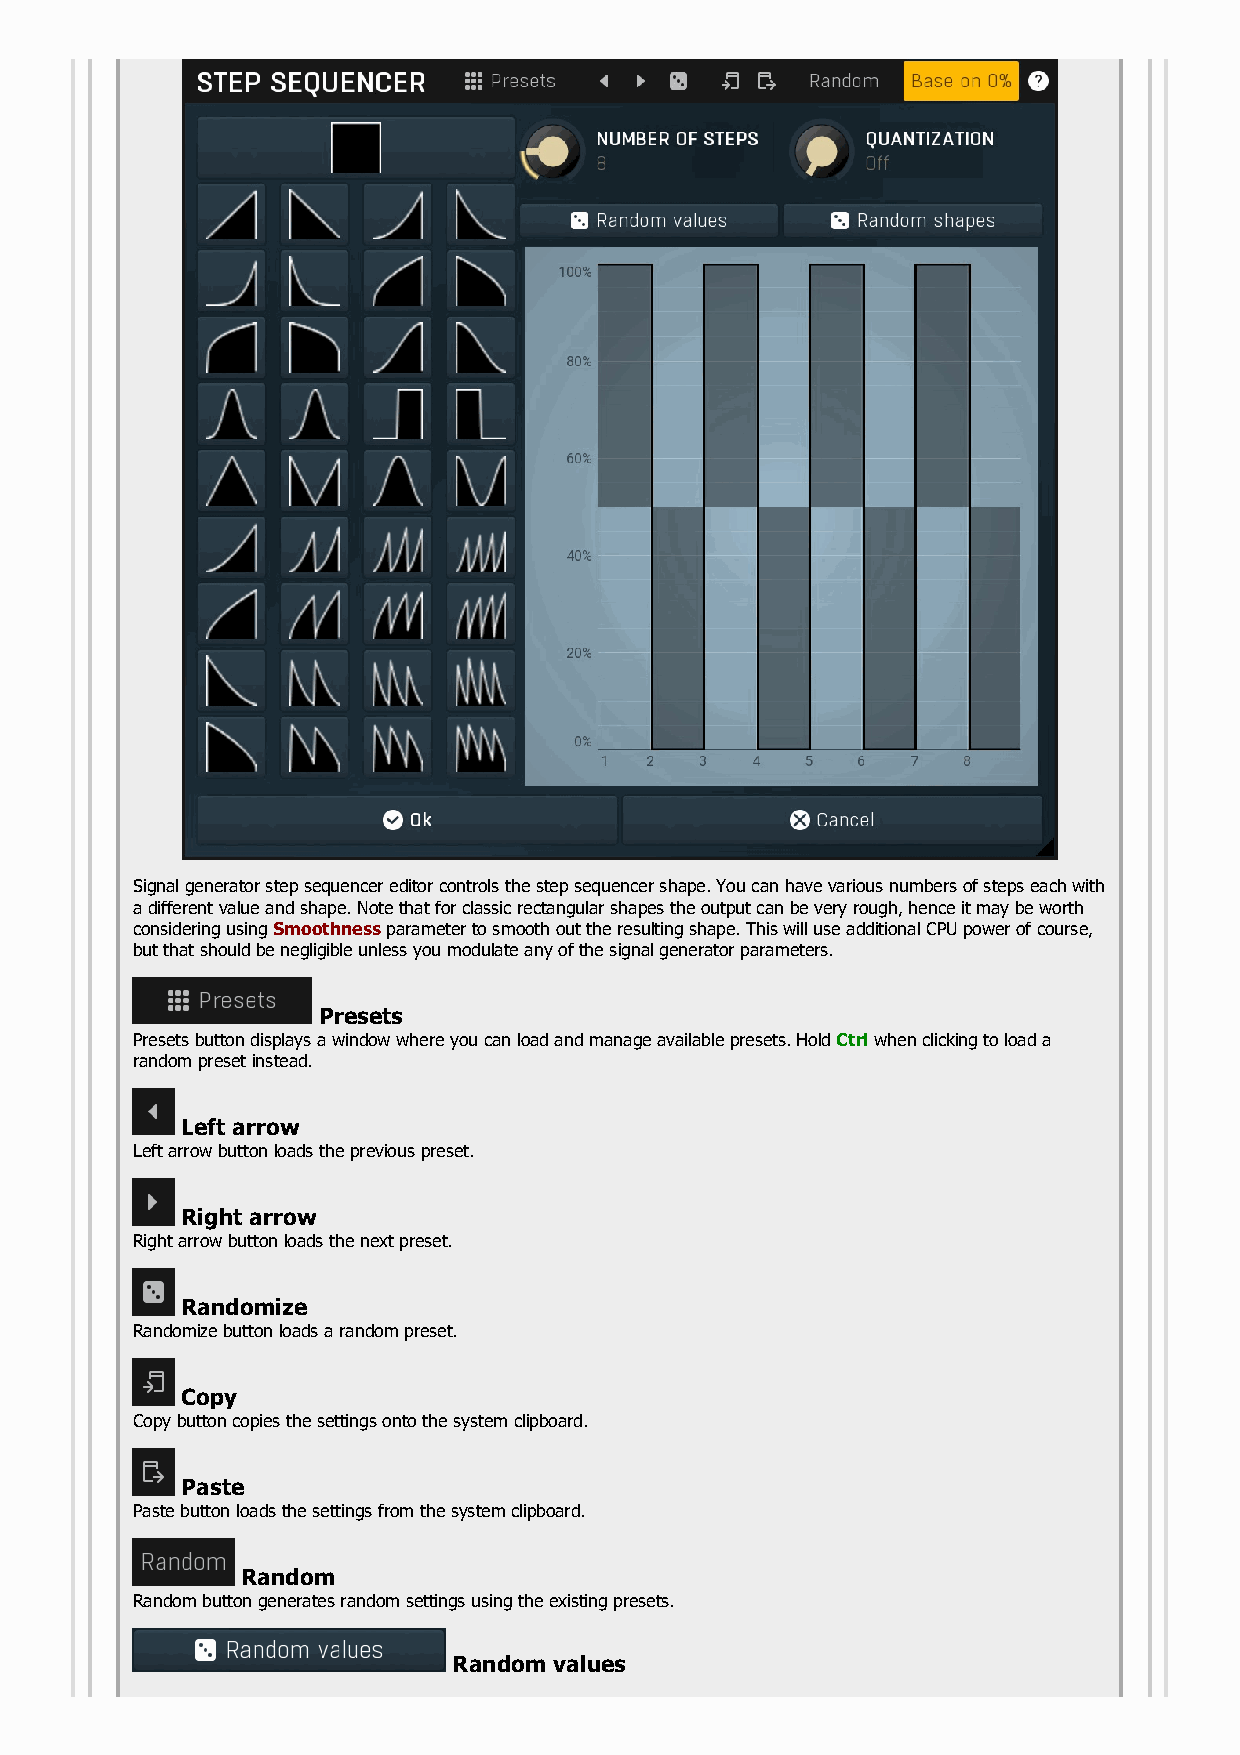
Signal generator step sequencer editor controls the step sequencer shape. You can have various numbers of steps each with
 a different value and shape. Note that for classic rectangular shapes the output can be very rough, hence it may be worth
 considering using Smoothness parameter to smooth out the resulting shape. This will use additional CPU power of course,
 but that should be negligible unless you modulate any of the signal generator parameters.
 Presets
 Presets button displays a window where you can load and manage available presets. Hold Ctrl when clicking to load a
 random preset instead.
 Left arrow
 Left arrow button loads the previous preset.
 Right arrow
 Right arrow button loads the next preset.
 Randomize
 Randomize button loads a random preset.
 Copy
 Copy button copies the settings onto the system clipboard.
 Paste
 Paste button loads the settings from the system clipboard.
 Random
 Random button generates random settings using the existing presets.
 Random values